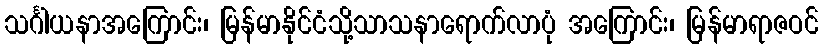
သင်္ဂါယနာအကြောင်း၊ မြန်မာနိုင်ငံသို့သာသနာရောက်လာပုံ အကြောင်း၊ မြန်မာရာဇဝင်